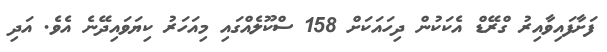
ފަށާފައިވާއިރު ގްރޭޑް އެކަކުން ދިހައަކަށް 158 ސްކޫލެއްގައި މިއަހަރު ކިޔަވައިދޭނެ އެވެ. އަދި